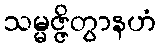
သမ္မဇ္ဇိတွာနဟံ